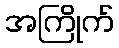
အကြိုက်